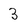
Character: 3